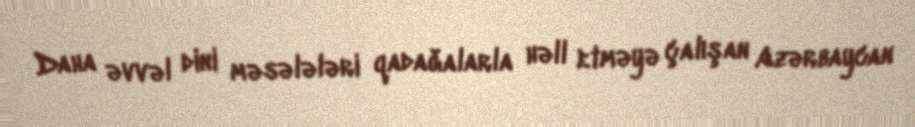
Daha əvvəl dini məsələləri qadağalarla həll etməyə çalışan Azərbaycan